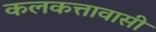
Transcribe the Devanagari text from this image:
कलकत्तावासी